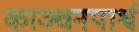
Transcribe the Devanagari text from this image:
काञ्चनपार्श्व